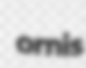
ornis